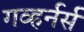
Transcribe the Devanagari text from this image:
गव्हर्नर्स